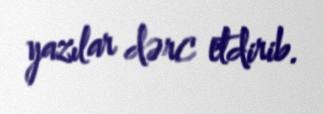
yazılar dərc etdirib.